Report of the Indian Hemp Drugs Commission, 1894-1895 - Volume IV
Year: 1894
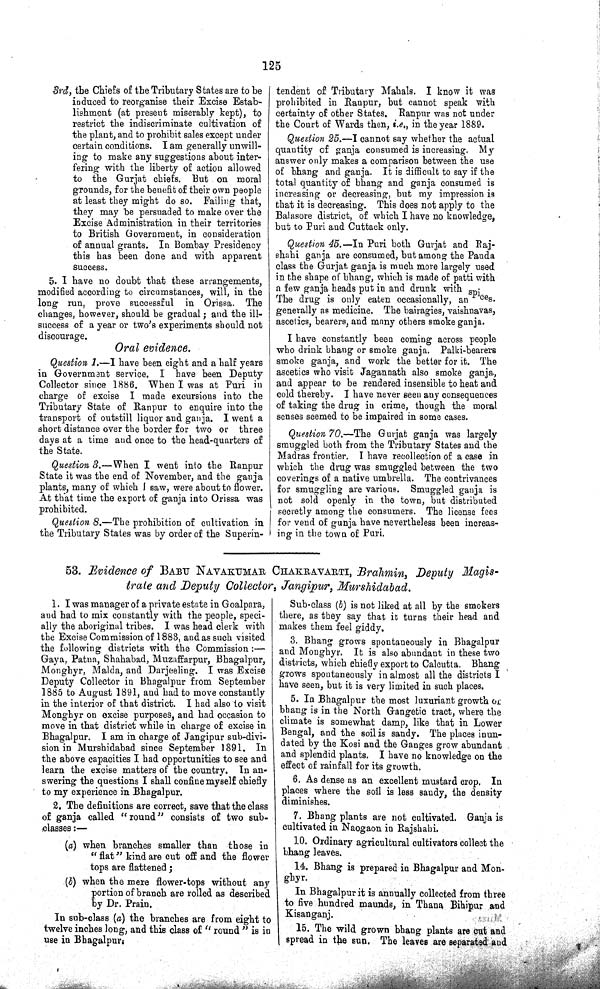
125
3rd, the Chiefs of the Tributary States are to be
induced to reorganise their Excise Estab¬
lishment (at present miserably kept), to
restrict the indiscriminate cultivation of
the plant, and to prohibit sales except under
certain conditions. I am generally unwill¬
ing to make any suggestions about inter¬
fering with the liberty of action allowed
to the Gurjat chiefs. But on moral
grounds, for the benefit of their own people
at least they might do so. Failing that,
they may be persuaded to make over the
Excise Administration in their territories
to British Government, in consideration
of annual grants. In Bombay Presidency
this has been done and with apparent
success.
5. I have no doubt that these arrangements,
modified according to circumstances, will, in the
long run, prove successful in Orissa. The
changes, however, should be gradual; and the ill-
success of a year or two's experiments should not
discourage.
Oral evidence.
Question 1.—I have been eight and a half years
in Government service. I have been Deputy
Collector since 1886. When I was at Puri in
charge of excise I made excursions into the
Tributary State of Ranpur to enquire into the
transport of outstill liquor and ganja. I went a
short distance over the border for two or three
days at a time and once to the head-quarters of
the State.
Question 3.—When I went into the Ranpur
State it was the end of November, and the ganja
plants, many of which I saw, were about to flower.
At that time the export of ganja into Orissa was
prohibited.
Question 8.—The prohibition of cultivation in
the Tributary States was by order of the Superin¬
tendent of Tributary Mahals. I know it was
prohibited in Ranpur, but cannot speak with
certainty of other States. Ranpur was not under
the Court of Wards then, i.e., in the year 1889.
Question 25.—I cannot say whether the actual
quantity of ganja consumed is increasing. My
answer only makes a comparison between the use
of bhang and ganja. It is difficult to say if the
total quantity of bhang and ganja consumed is
increasing or decreasing, but my impression is
that it is decreasing. This does not apply to the
Balasore district, of which I have no knowledge,
but to Puri and Cuttack only.
Question 45.—In Puri both Gurjat and Raj-
shahi ganja are consumed, but among the Panda
class the Gurjat ganja is much more largely used
in the shape of bhang, which is made of patti with
a few ganja heads put in and drunk with species.
The drug is only eaten occasionally, an
generally as medicine. The bairagies, vaishnavas,
ascetics, bearers, and many others smoke ganja.
I have constantly been coming across people
who drink bhang or smoke ganja. Palki-bearers
smoke ganja, and work the better for it. The
ascetics who visit Jagannath also smoke ganja,
and appear to be rendered insensible to heat and
cold thereby. I have never seen any consequences
of taking the drug in crime, though the moral
senses seemed to be impaired in some cases.
Question 70.—The Gurjat ganja was largely
smuggled both from the Tributary States and the
Madras frontier. I have recollection of a case in
which the drug was smuggled between the two
coverings of a native umbrella. The contrivances
for smuggling are various. Smuggled ganja is
not sold openly in the town, but distributed
secretly among the consumers. The license fees
for vend of gunja have nevertheless been increas¬
ing in the town of Puri.
53. Evidence of BABU NAVAKUMAR CHAKRAVARTI, Brahmin, Deputy Magis¬
trate and Deputy Collector, Jangipur, Murshidabad.
1. I was manager of a private estate in Goalpara,
and had to mix constantly with the people, speci¬
ally the aboriginal tribes. I was head clerk with
the Excise Commission of 1883, and as such visited
the following districts with the Commission:—
Gaya, Patna, Shahabad, Muzaffarpur, Bhagalpur,
Monghyr, Malda, and Darjeeling. I was Excise
Deputy Collector in Bhagalpur from September
1885 to August 1891, and had to move constantly
in the interior of that district. I had also to visit
Monghyr on excise purposes, and had occasion to
move in that district while in charge of excise in
Bhagalpur. I am in charge of Jangipur sub-divi¬
sion in Murshidabad since September 1891. In
the above capacities I had opportunities to see and
learn the excise matters of the country. In an¬
swering the questions I shall confine myself chiefly
to my experience in Bhagalpur.
2. The definitions are correct, save that the class
of ganja called "round" consists of two sub-
classes:—
(a) when branches smaller than those in
"flat" kind are cut off and the flower
tops are flattened;
(b) when the mere flower-tops without any
portion of branch are rolled as described
by Dr. Prain.
In sub-class (a) the branches are from eight to
twelve inches long, and this class of " round " is in
use in Bhagalpur.
Sub-class (b) is not liked at all by the smokers
there, as they say that it turns their head and
makes them feel giddy.
3. Bhang grows spontaneously in Bhagalpur
and Monghyr. It is also abundant in these two
districts, which chiefly export to Calcutta. Bhang
grows spontaneously in almost all the districts I
have seen, but it is very limited in such places.
5. In Bhagalpur the most luxuriant growth or
bhang is in the North Gangetic tract, where the
climate is somewhat damp, like that in Lower
Bengal, and the soil is sandy. The places inun¬
dated by the Kosi and the Ganges grow abundant
and splendid plants. I have no knowledge on the
effect of rainfall for its growth.
6. As dense as an excellent mustard crop. In
places where the soil is less sandy, the density
diminishes.
7. Bhang plants are not cultivated. Ganja is
cultivated in Naogaon in Rajshahi.
10. Ordinary agricultural cultivators collect the
bhang leaves.
14. Bhang is prepared in Bhagalpur and Mon¬
ghyr.
In Bhagalpur it is annually collected from three
to five hundred maunds, in Thana Bihipur and
Kisanganj.
15. The wild grown bhang plants are cut and
spread in the sun. The leaves are separated and